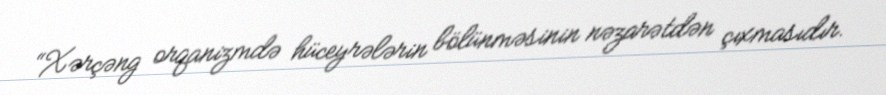
“Xərçəng orqanizmdə hüceyrələrin bölünməsinin nəzarətdən çıxmasıdır.